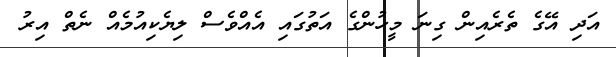
އަދި އޭގެ ތެރެއިން ގިނަ މީހުންގެ އަތުގައި އެއްވެސް ލިޔެކިއުމެއް ނެތް އިރު